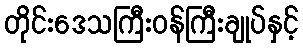
တိုင်းဒေသကြီးဝန်ကြီးချုပ်နှင့်